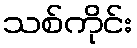
သစ်ကိုင်း